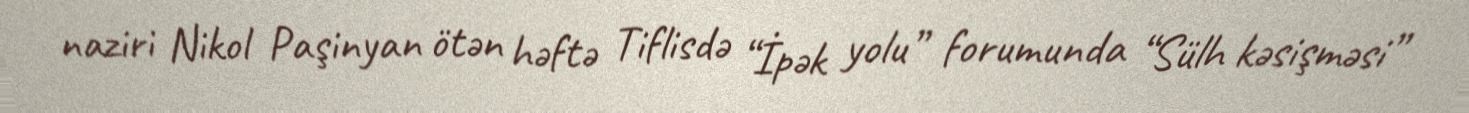
naziri Nikol Paşinyan ötən həftə Tiflisdə “İpək yolu” forumunda “Sülh kəsişməsi”